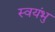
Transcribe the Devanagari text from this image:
स्‍वयंभु